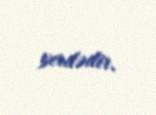
yerdədir.